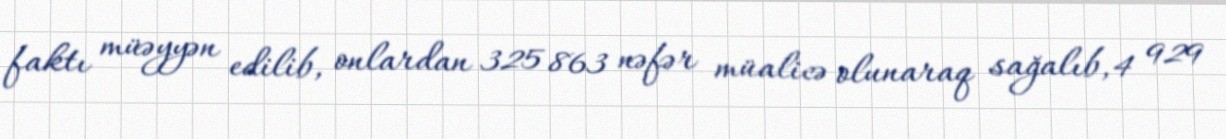
faktı müəyyən edilib, onlardan 325 863 nəfər müalicə olunaraq sağalıb, 4 929